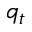
q _ { t }